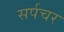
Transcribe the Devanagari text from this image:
सर्पचर